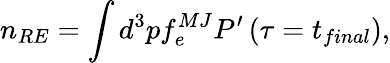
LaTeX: n_{RE}=\int d^{3}pf_{e}^{MJ}P^{\prime}\left(\tau=t_{final}\right),